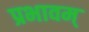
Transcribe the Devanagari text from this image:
प्रभावम्